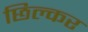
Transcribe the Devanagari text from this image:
छिल्कर